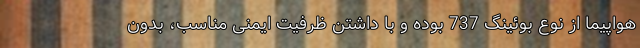
هواپیما از نوع بوئینگ 737 بوده و با داشتن ظرفیت ایمنی مناسب، بدون